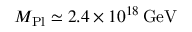
M _ { \mathrm { P l } } \simeq 2 . 4 \times 1 0 ^ { 1 8 } \, \mathrm { G e V }